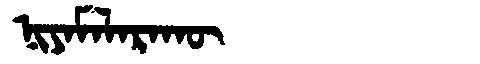
Manchu: ᠨᡳᠶᠠᠮᠠᠯᠠᡵᠠᡴᡡ
Romanization: NIYAMALARAKŪ